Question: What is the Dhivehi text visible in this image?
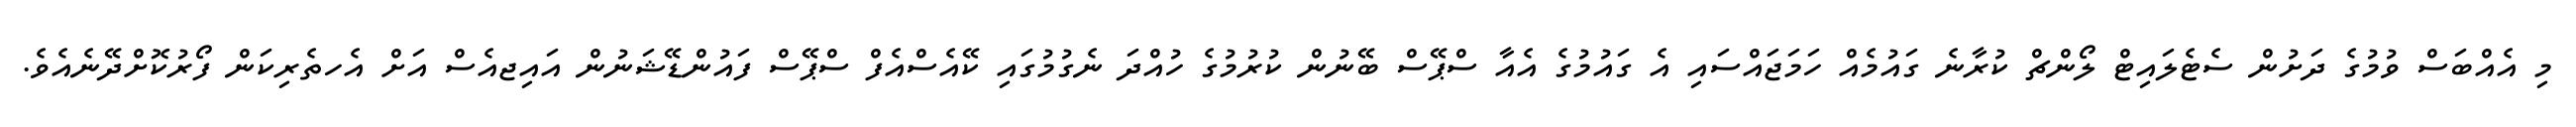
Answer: މި އެއްބަސް ވުމުގެ ދަށުން ސެޓެލައިޓް ލޯންޗް ކުރާނެ ގައުމެއް ހަމަޖައްސައި އެ ގައުމުގެ އެއާ ސްޕޭސް ބޭނުން ކުރުމުގެ ހުއްދަ ނެގުމުގައި ކޭއެސްއެފް ސްޕޭސް ފައުންޑޭޝަނުން އައިޖއެސް އަށް އެހތެރިކަން ފޯރުކޮށްދޭނެއެވެ.